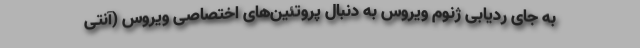
به جای ردیابی ژنوم ویروس به دنبال پروتئین‌های اختصاصی ویروس (آنتی